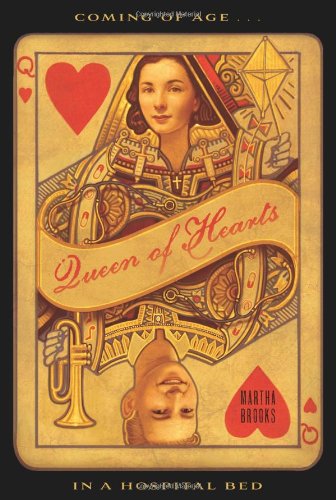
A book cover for Queen of Hearts; Martha Brooks; Teen & Young Adult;